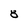
Character: 8